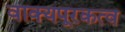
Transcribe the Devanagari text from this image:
वाक्यपूरकत्व